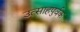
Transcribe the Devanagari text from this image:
उत्साहपुर्वक